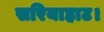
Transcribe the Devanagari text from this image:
सरियाहाट।